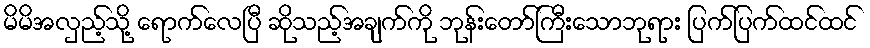
မိမိအလှည့်သို့ ရောက်လေပြီ ဆိုသည့်အချက်ကို ဘုန်းတော်ကြီးသောဘုရား ပြက်ပြက်ထင်ထင်